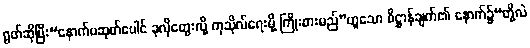
ရွတ်ဆိုပြီး“နောက်ပဆုတ်ပေါင် ခုလိုတွေးလို့ ကုသိုလ်ရေးမို့ ကြိုးစားမည်”ဟူသော ဓိဋ္ဌာန်ချက်၏ နောက်၌“တို့လဲ